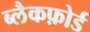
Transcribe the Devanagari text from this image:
ब्लैकफ़ोर्ड